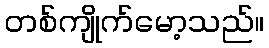
တစ်ကျိုက်မော့သည်။